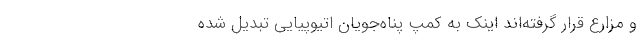
و مزارع قرار گرفته‌اند اینک به کمپ پناه‌جویان اتیوپیایی تبدیل شده